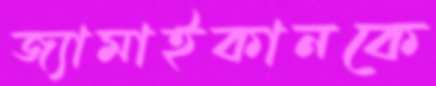
জ্যামাইকানকে